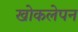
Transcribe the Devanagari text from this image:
खोकलेपन